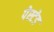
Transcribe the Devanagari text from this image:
पेस्टेड